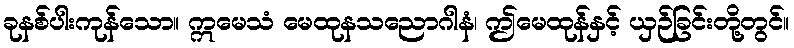
ခုနစ်ပါးကုန်သော။ ဣမေသံ မေထုနသညောဂါနံ၊ ဤမေထုန်နှင့် ယှဉ်ခြင်းတို့တွင်။